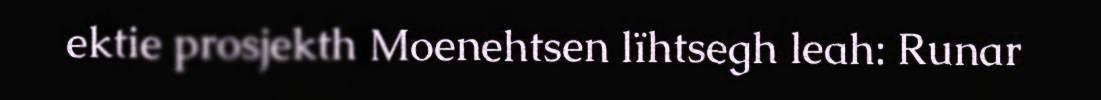
ektie prosjekth Moenehtsen lïhtsegh leah: Runar